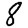
Digit: 8